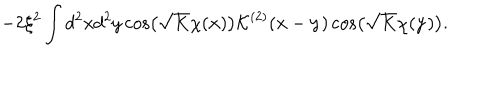
LaTeX: - 2 \xi ^ { 2 } \int d ^ { 2 } x d ^ { 2 } y \cos \left( \sqrt { K } \chi ( { \bf x } ) \right) { \mathcal K } ^ { ( 2 ) } ( { \bf x } - { \bf y } ) \cos \left( \sqrt { K } \chi ( { \bf y } ) \right) .